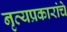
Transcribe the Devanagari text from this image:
नृत्यप्रकारांचे